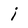
Character: i